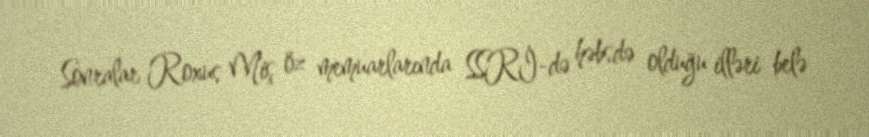
Sonralar Roxus Miş öz memuarlarında SSRİ-də həbsdə olduğu illəri belə